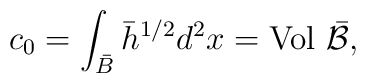
c_0=\int_{\bar{B}}{\bar h}^{1/2} d^2x=\mbox{Vol}~\bar{\cal B},